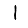
Digit: 1